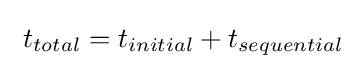
\ t_{total}=t_{initial}+t_{sequential}